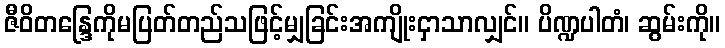
ဇီဝိတန္ဒြေကိုမပြတ်တည်သဖြင့်မျှခြင်းအကျိုးငှာသာလျှင်။ ပိဏ္ဍပါတံ၊ ဆွမ်းကို။